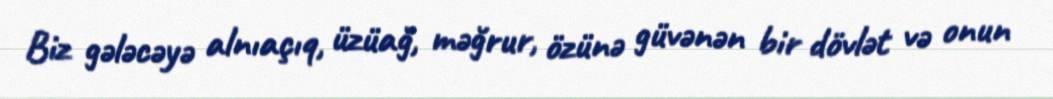
Biz gələcəyə alnıaçıq, üzüağ, məğrur, özünə güvənən bir dövlət və onun